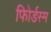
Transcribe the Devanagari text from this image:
फोिर्डस्म